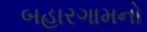
બહારગામનો